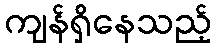
ကျန်ရှိနေသည့်